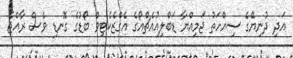
އަދި ދުނިޔޭގެ ސިއްހަތު ޖަމިއްޔާ ޑަބްލިއުއެޗްއޯގެ އެގްޒެކެޓިވް ބޯޑުގެ ގޮނޑި ވެސް ރާއްޖެ